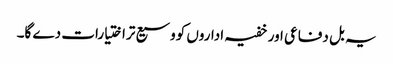
یہ بل دفاعی اور خفیہ اداروں کووسیع تراختیارات دے گا۔